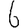
Digit: 6